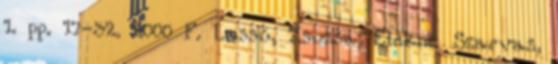
1. pp. 17-32. 2000 F. Lassú, Zsuzsa; Elekné Szarvas,